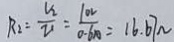
R _ { 2 } = \frac { v _ { 2 } } { v _ { 1 } } = \frac { 1 0 v } { 0 . 6 x } = 1 6 . 6 7 N